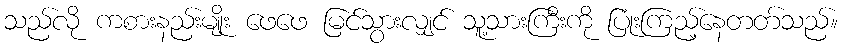
သည်လို ကစားနည်းမျိုး ဖေဖေ မြင်သွားလျှင် သူ့သားကြီးကို ပြုံးကြည့်နေတတ်သည်။